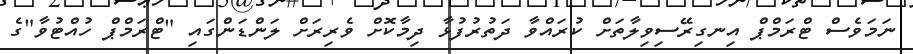
ނަމަވެސް ޓްރަމްޕް އިނގިރޭސިވިލާތަށް ކުރައްވާ ދަތުރުފުޅާ ދިމާކޮށް ވެރިރަށް ލަންޑަންގައި "ޓްރަމްޕް ހުއްޓުވާ"ގެ